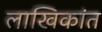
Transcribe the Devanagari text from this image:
लाखिकांत